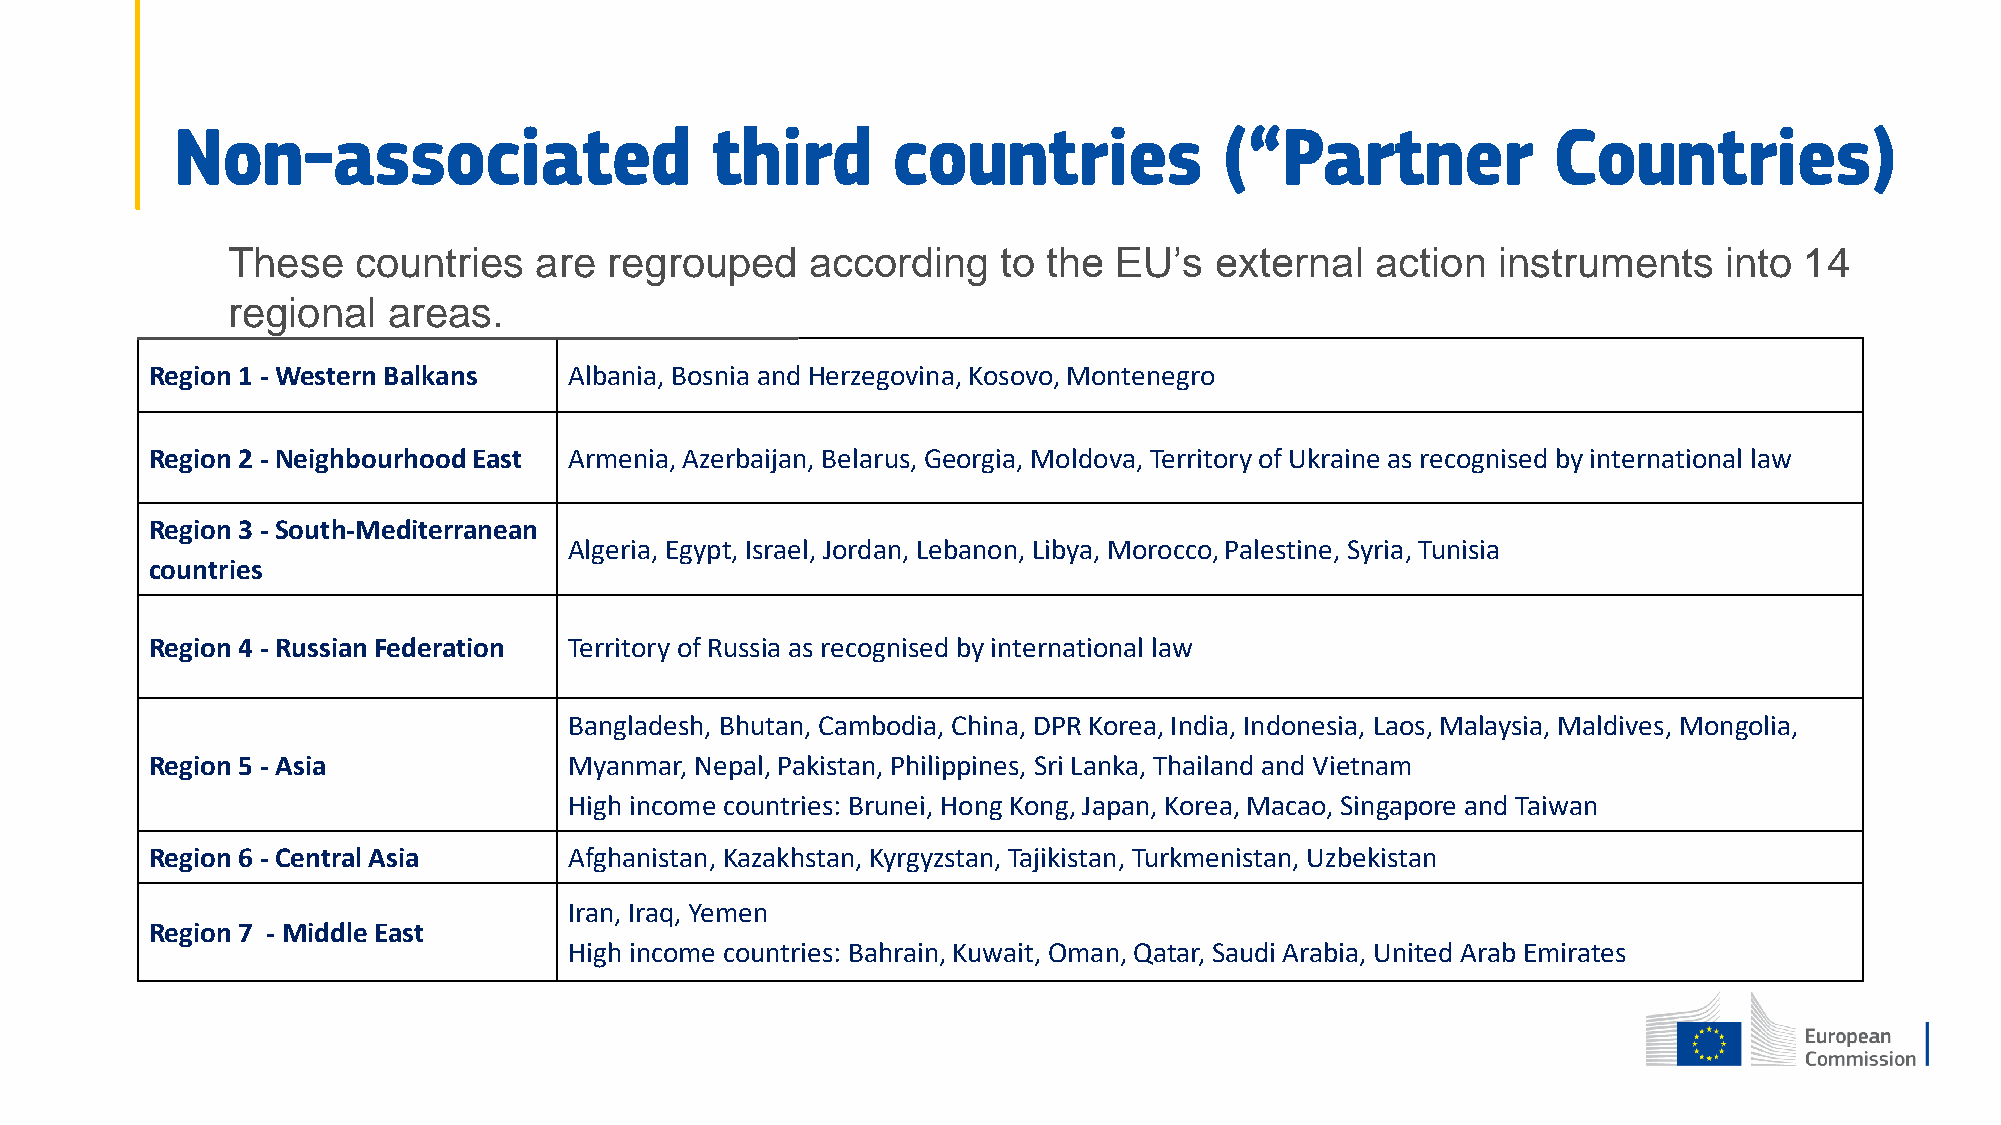
Non-associated                     third       countries             (“Partner             Countries)
 These   countries   are  regrouped     according   to the  EU’s  external   action  instruments    into 14
 regional   areas.
 Region 1 - Western Balkans  Albania, Bosnia and Herzegovina, Kosovo, Montenegro
 Region 2 - NeighbourhoodEast Armenia, Azerbaijan, Belarus, Georgia, Moldova, Territory of Ukraine as recognised by international law
 Region 3 - South-Mediterranean
 Algeria, Egypt, Israel, Jordan, Lebanon, Libya, Morocco, Palestine, Syria, Tunisia
 countries
 Region 4 - Russian Federation Territory of Russia as recognised by international law
 Bangladesh, Bhutan, Cambodia, China, DPR Korea, India, Indonesia, Laos, Malaysia, Maldives, Mongolia,
 Region 5 - Asia             Myanmar, Nepal, Pakistan, Philippines, Sri Lanka, Thailand and Vietnam
 High income countries: Brunei, Hong Kong, Japan, Korea, Macao, Singapore and Taiwan
 Region 6 - Central Asia     Afghanistan, Kazakhstan, Kyrgyzstan, Tajikistan, Turkmenistan, Uzbekistan
 Iran, Iraq, Yemen
 Region 7 - Middle East
 High income countries: Bahrain, Kuwait, Oman, Qatar, Saudi Arabia, United Arab Emirates